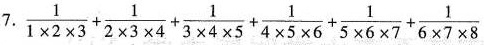
7. $$\frac{1}{1 \times 2 \times 3}+\frac{1}{2 \times 3 \times 4}+\frac{1}{3 \times 4 \times 5}+\frac{1}{4 \times 5 \times 6}+\frac{1}{5 \times 6 \times 7}+\frac{1}{6 \times 7 \times 8}$$